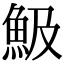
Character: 魥